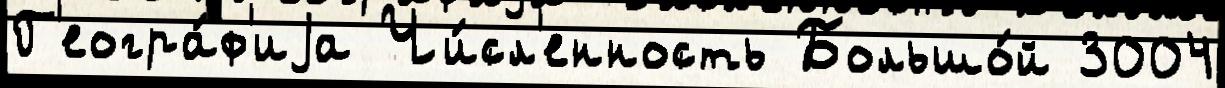
Г'еогра́ф'иjа Чи́сл'енность Большо́й 3004